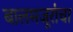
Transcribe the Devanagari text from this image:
बालमजूरांचा